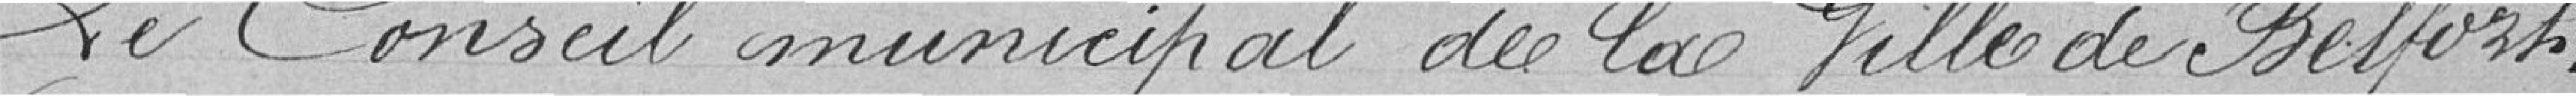
Le conseil municipal de la ville de Belfort